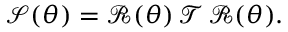
\mathcal { S } ( \theta ) = \mathcal { R } ( \theta ) \, \mathcal { T } \, \mathcal { R } ( \theta ) .